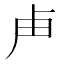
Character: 𭅰